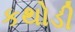
કથોડી